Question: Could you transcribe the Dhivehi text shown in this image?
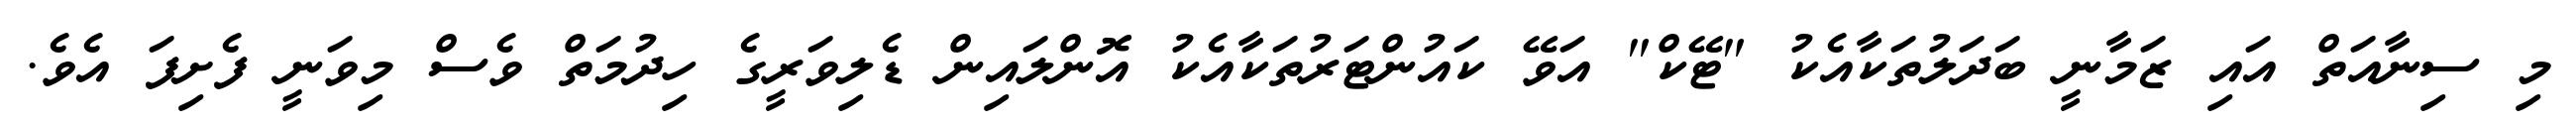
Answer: މި ސިނާއަތް އައި ޒަމާނީ ބަދަލުތަކާއެކު "ޓޭކް" އަވޭ ކައުންޓަރުތަކާއެކު އޮންލައިން ޑެލިވަރީގެ ހިދުމަތް ވެސް މިވަނީ ފެށިފަ އެވެ.